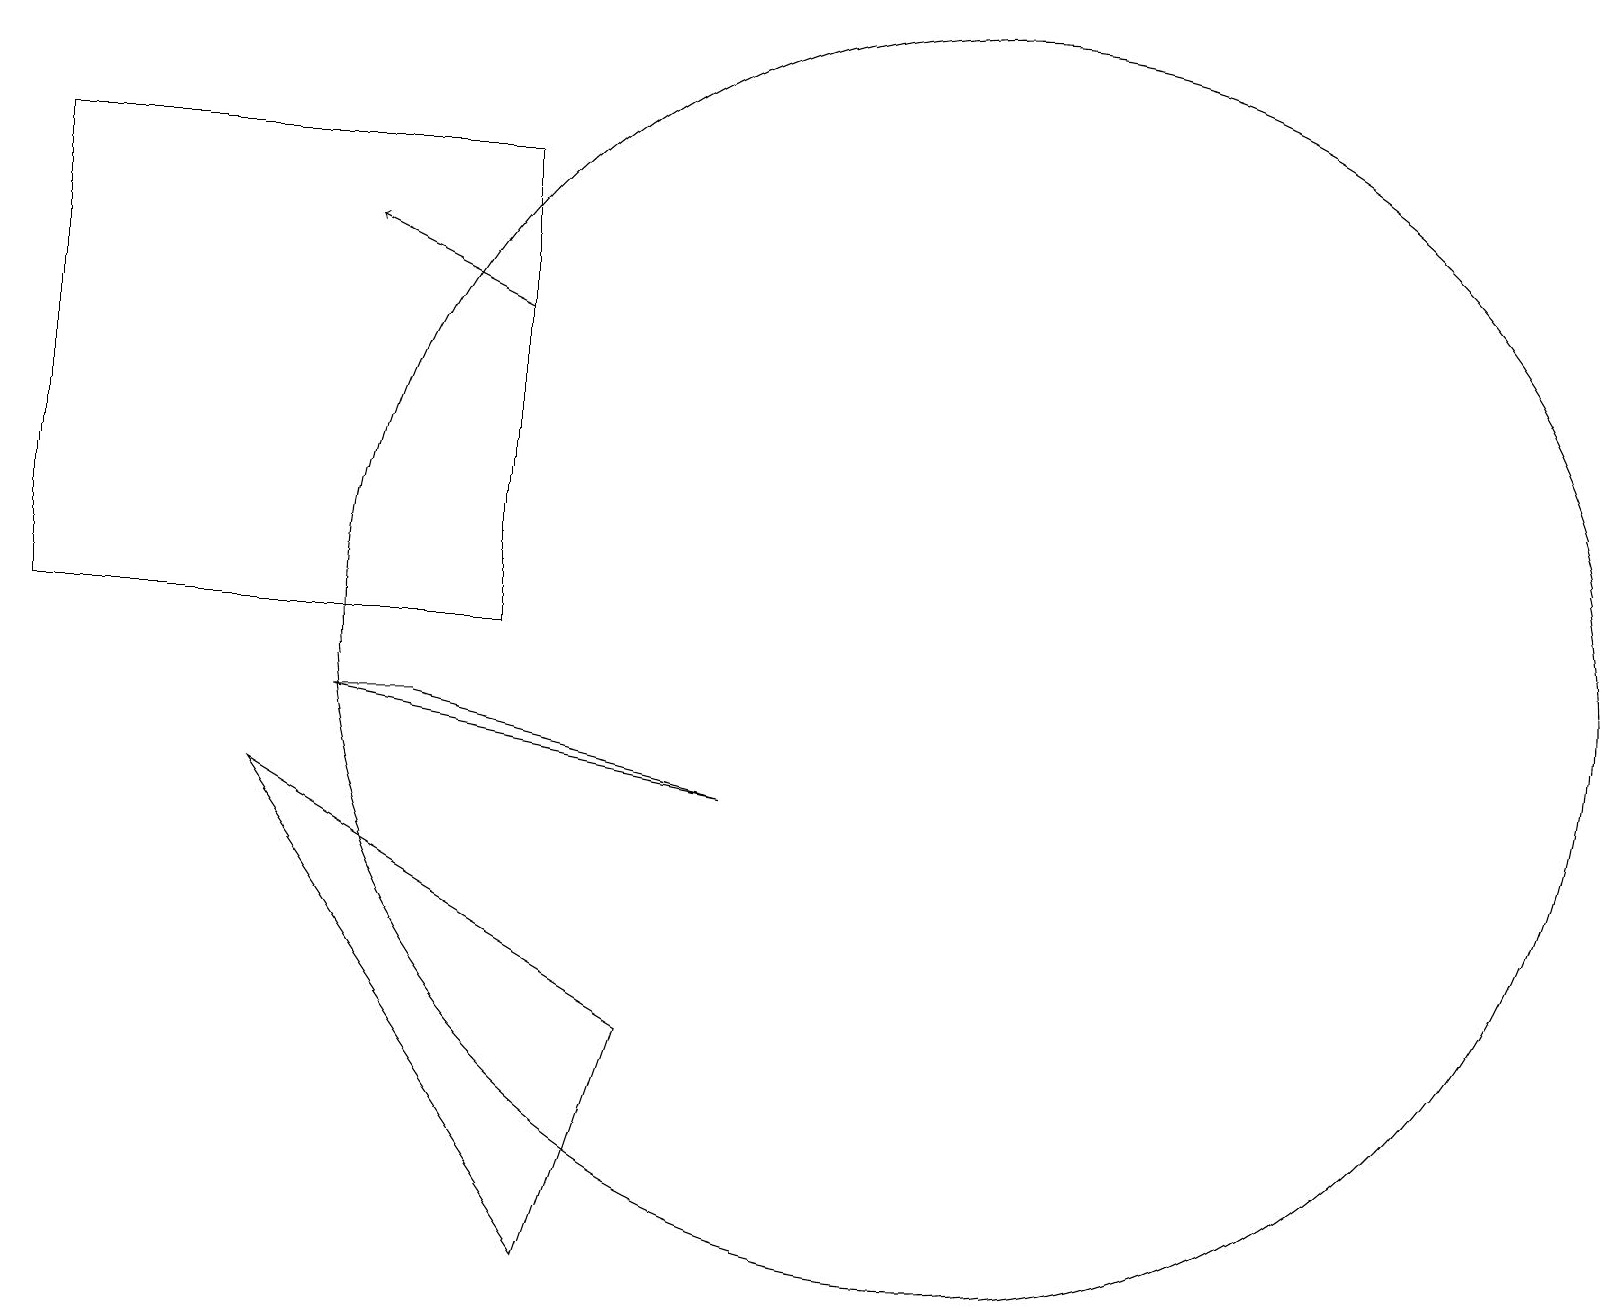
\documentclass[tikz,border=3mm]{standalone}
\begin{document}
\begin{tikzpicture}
\draw (12,10) circle (8);
\draw[->] (6,14) -- (4,15);
\draw (6,16) rectangle (0,10);
\draw (8,5) -- (7,2) -- (3,8) -- cycle;
\draw (9,8) -- (4,9) -- (5,9) -- cycle;
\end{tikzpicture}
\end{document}